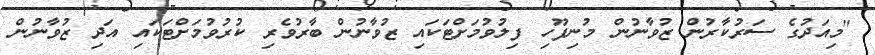
"މިއަދުގެ ސަރުކާރުން ޒުވާނުން މުނިފޫހި ފިލުވުމަށްޓަކައި ޒުވާނުން ބާރުވެރި ކުރުވުމަށްޓަކައި އަދި ޒުވާނުން